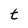
Character: t